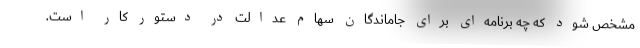
مشخص شود که چه برنامه‌ای برای جاماندگان سهام عدالت در دستور کار است.